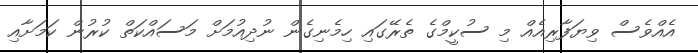
އެއްވެސް ވިޔަފާރިއެއް މި ސުކީމްގެ ތެރޭގައި ހިމެނިގެން ނުދިއުމަށް މަސައްކަތް ކުރުން ކަމަށާއި